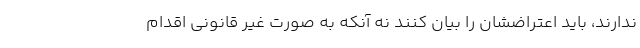
ندارند، باید اعتراضشان را بیان کنند نه آنکه به صورت غیر قانونی اقدام